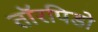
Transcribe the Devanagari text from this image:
तॉरपिडो